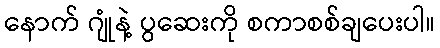
နောက် ဂျုံနဲ့ ပွဆေးကို စကာစစ်ချပေးပါ။